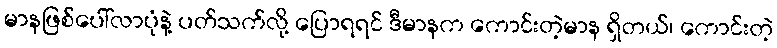
မာနဖြစ်ပေါ်လာပုံနဲ့ ပတ်သက်လို့ ပြောရရင် ဒီမာနက ကောင်းတဲ့မာန ရှိတယ်၊ ကောင်းတဲ့